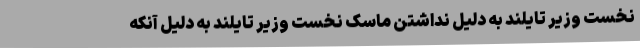
نخست وزیر تایلند به دلیل نداشتن ماسک نخست وزیر تایلند به دلیل آنکه